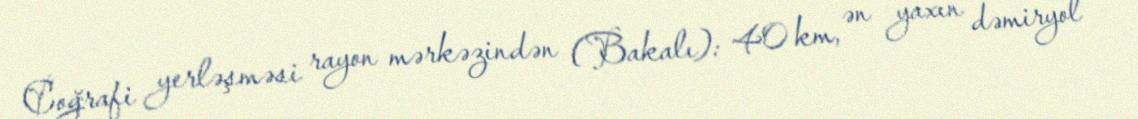
Coğrafi yerləşməsi rayon mərkəzindən (Bakalı): 40 km, ən yaxın dəmiryol